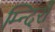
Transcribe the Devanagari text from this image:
म्न्दिरों